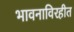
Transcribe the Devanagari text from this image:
भावनाविरहीत